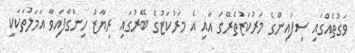
ވަގުތެއްގައި ސިފައިންގެ މަރުކަޒުތެރޭގަ އާއި އެ މަރުކަޒުގެ ބޭރުގައި ރިޔާޒު ހިންގާފައިވާ އަމަލުތަކަކީ